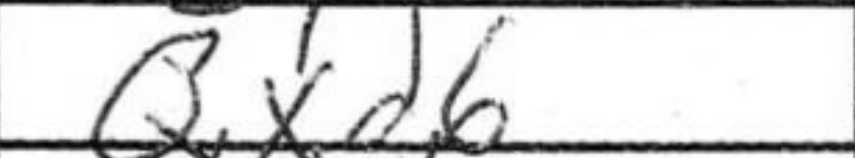
Transcription: Qxd6